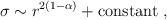
LaTeX: \begin{align*}\sigma \sim r^{2(1-\alpha)}+{\rm constant}~,\end{align*}